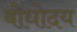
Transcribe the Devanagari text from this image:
बोधोदय